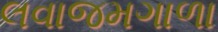
લવાજમગાળા